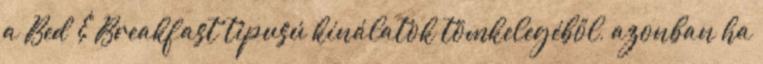
a Bed & Breakfast tipusú kínálatok tömkelegéből, azonban ha